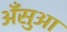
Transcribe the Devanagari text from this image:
अँसुआ